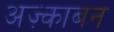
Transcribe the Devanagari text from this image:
अज़्काबन